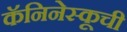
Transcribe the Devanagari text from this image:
कॅनिनेस्कूची